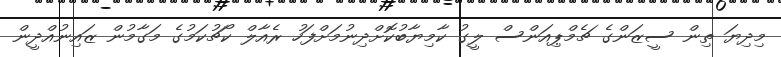
މިދިޔަ ތިން ސީޒަންގެ ޗެމްޕިއަންސް ލީގު ކާމިޔާބުކޮށްދިނުމަށްފަހު ރެއާލް ކޯޗުކަމުގެ މަގާމުން ޒައިނުއްދީން